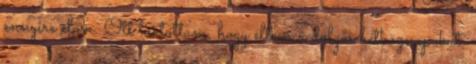
ennyire előre. Ott tartottam, hogy éltem a dolgos hétköznapokat,